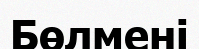
Бөлмені